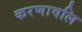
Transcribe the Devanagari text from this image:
करणावलि